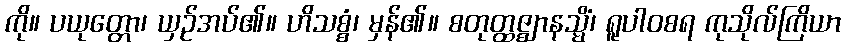
ကို။ ပယုတ္တော၊ ယှဉ်အပ်၏။ ဟိသစ္စံ၊ မှန်၏။ စတုတ္ထဇ္ဈာနသ္မိံ၊ ရူပါဝစရ ကုသိုလ်ကြိယာ